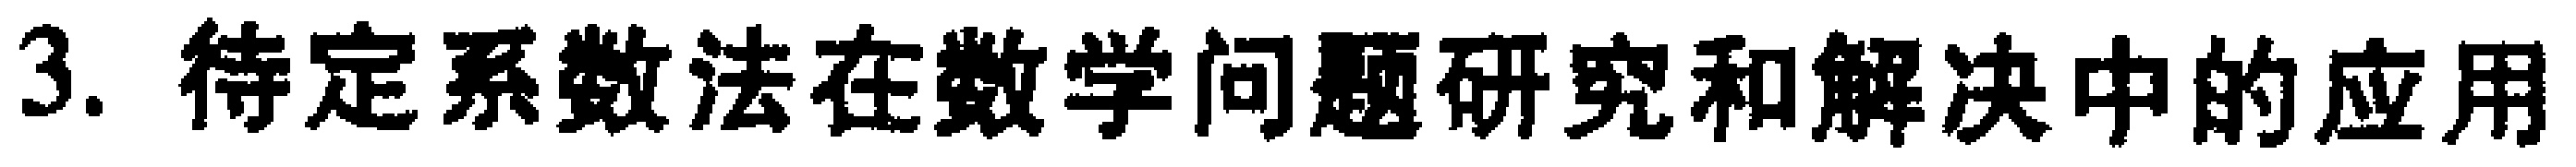
3. 待定系数法在数学问题研究和解决中的应用